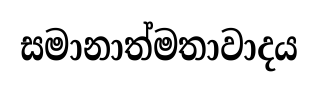
සමානාත්මතාවාදය